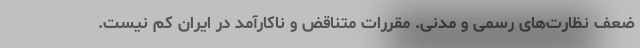
ضعف نظارت‌های رسمی و مدنی. مقررات متناقض و ناکارآمد در ایران کم نیست.